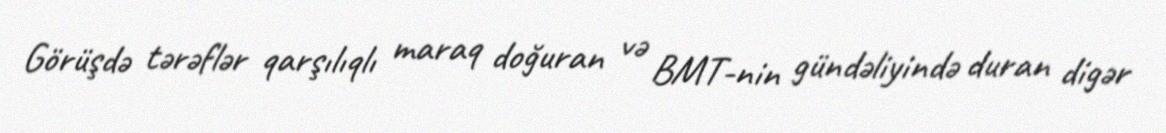
Görüşdə tərəflər qarşılıqlı maraq doğuran və BMT-nin gündəliyində duran digər